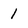
Character: 1